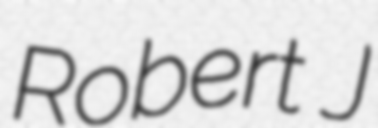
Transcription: Robert J